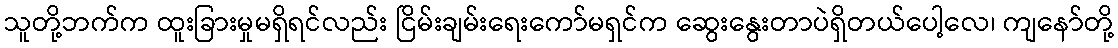
သူတို့ဘက်က ထူးခြားမှုမရှိရင်လည်း ငြိမ်းချမ်းရေးကော်မရှင်က ဆွေးနွေးတာပဲရှိတယ်ပေါ့လေ၊ ကျနော်တို့